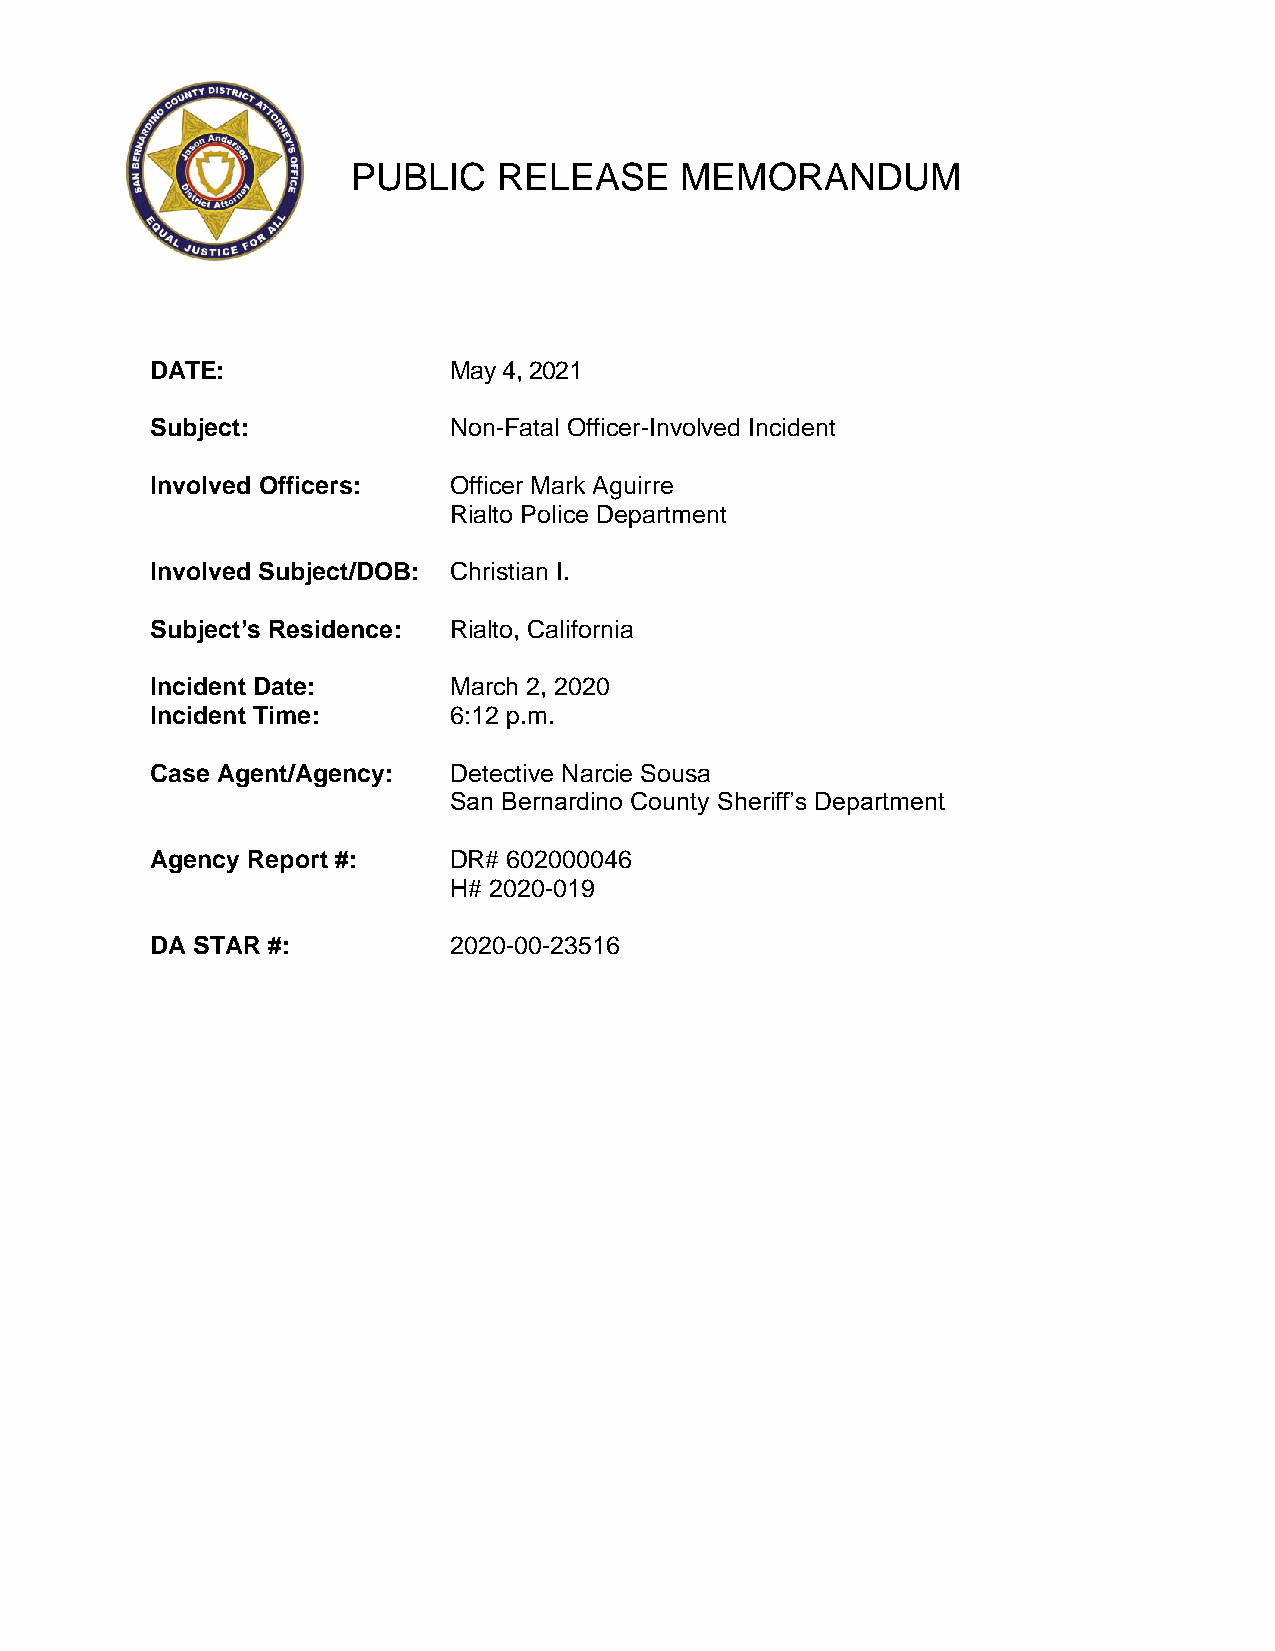
PUBLIC    RELEASE     MEMORANDUM
 DATE:               May 4, 2021
 Subject:            Non-Fatal Officer-Involved Incident
 Involved Officers:  Officer Mark Aguirre
 Rialto Police Department
 Involved Subject/DOB: Christian I.
 Subject’s Residence: Rialto, California
 Incident Date:      March 2, 2020
 Incident Time:      6:12 p.m.
 Case Agent/Agency:  Detective Narcie Sousa
 San Bernardino County Sheriff’s Department
 Agency Report #:    DR# 602000046
 H# 2020-019
 DA STAR #:          2020-00-23516